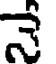
3